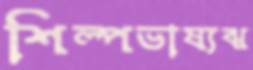
শিল্পভাষ্যঝ